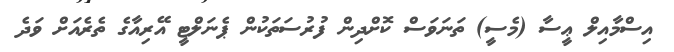
އިސްމާއިލް ޢީސާ (މެސީ) ތަނަވަސް ކޮށްދިން ފުރުސަތަކުން ޕެނަލްޓީ އޭރިއާގެ ތެރެއަށް ވަދެ